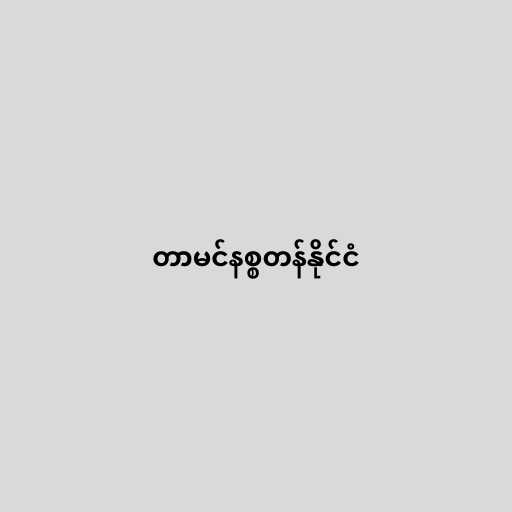
တာမင်နစ္စတန်နိုင်ငံ